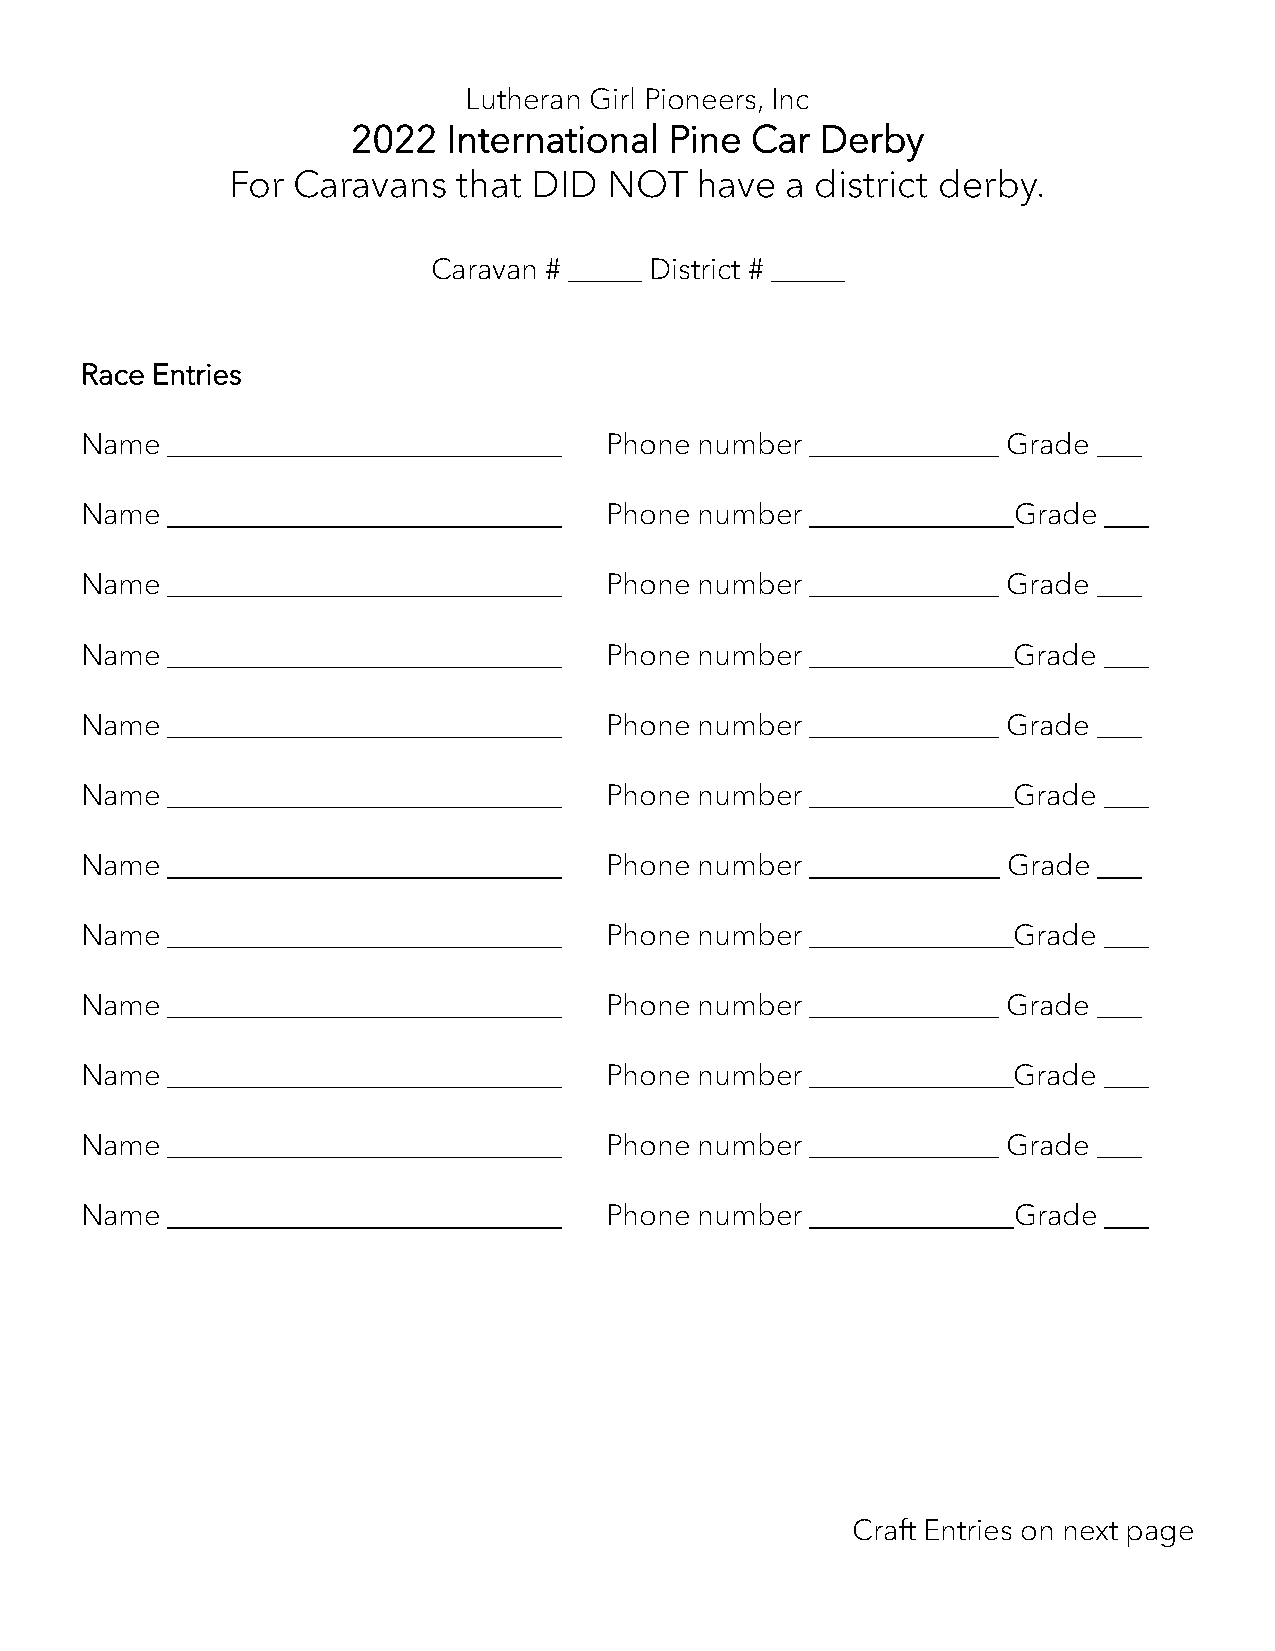
Lutheran Girl Pioneers, Inc
 2022   International Pine  Car Derby
 For Caravans   that DID  NOT   have  a district derby.
 Caravan # _____ District # _____
 Race Entries
 Name  ___________________________  Phone number  _____________ Grade ___
 Name  ___________________________  Phone number  ______________Grade ___
 Name  ___________________________  Phone number  _____________ Grade ___
 Name  ___________________________  Phone number  ______________Grade ___
 Name  ___________________________  Phone number  _____________ Grade ___
 Name  ___________________________  Phone number  ______________Grade ___
 Name  ___________________________  Phone number  _____________ Grade ___
 Name  ___________________________  Phone number  ______________Grade ___
 Name  ___________________________  Phone number  _____________ Grade ___
 Name  ___________________________  Phone number  ______________Grade ___
 Name  ___________________________  Phone number  _____________ Grade ___
 Name  ___________________________  Phone number  ______________Grade ___
 Craft Entries on next page